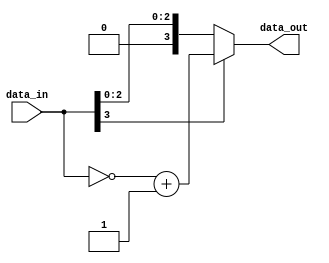
module comp_2s #( parameter N = 4  )
        (
		input        [N-1:0] data_in,
		output wire  [N-1:0] data_out
	);


assign data_out = (data_in[N-1] == 1'b1)? ((~data_in) + 1'b1) : data_in;

endmodule